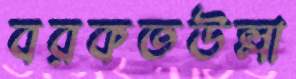
বরকতউল্লা